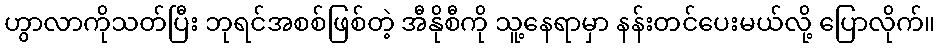
ဟွာလာကိုသတ်ပြီး ဘုရင်အစစ်ဖြစ်တဲ့ အီနိုစီကို သူ့နေရာမှာ နန်းတင်ပေးမယ်လို့ ပြောလိုက်။